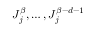
J _ { j } ^ { \beta } , \ldots , J _ { j } ^ { \beta - d - 1 }